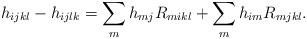
LaTeX: \begin{align*}h_{ijkl}-h_{ijlk}=\sum_mh_{mj}R_{mikl}+\sum_m h_{im}R_{mjkl}.\end{align*}